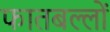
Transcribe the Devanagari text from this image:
फातबल्लों